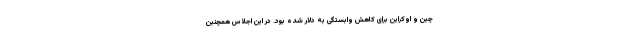
چین و اوکراین برای کاهش وابستگی به دلار شده بود. در این اجلاس همچنین